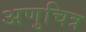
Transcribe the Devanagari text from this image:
अणुचित्र